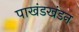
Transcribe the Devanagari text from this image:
पाखंडखंडन